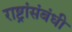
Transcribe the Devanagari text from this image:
राष्ट्रांसंबंधी